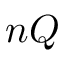
n Q